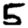
Digit: 5